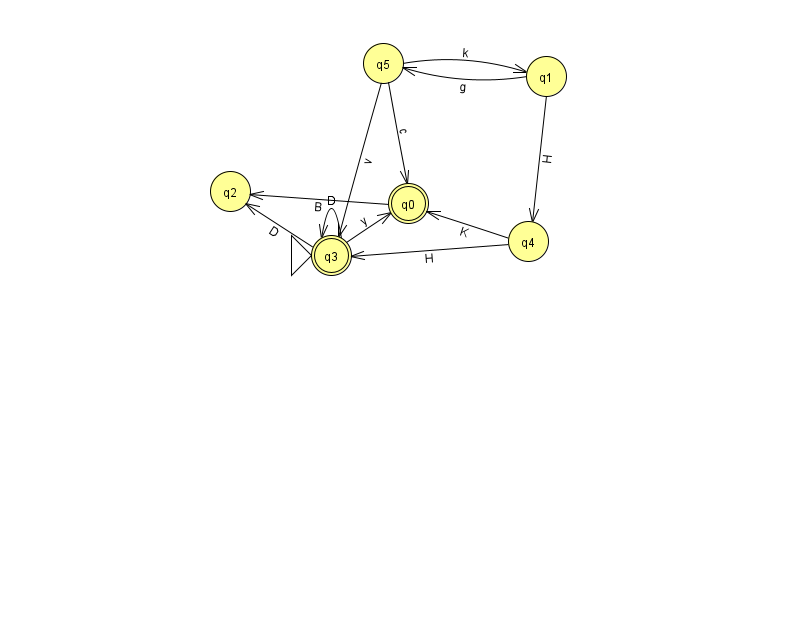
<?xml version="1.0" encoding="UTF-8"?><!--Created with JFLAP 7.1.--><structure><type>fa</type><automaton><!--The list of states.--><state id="0" name="q0"><x>408.0</x><y>190.0</y><final/></state><state id="1" name="q1"><x>546.0</x><y>63.0</y></state><state id="2" name="q2"><x>230.0</x><y>178.0</y></state><state id="3" name="q3"><x>331.0</x><y>242.0</y><initial/><final/></state><state id="4" name="q4"><x>528.0</x><y>228.0</y></state><state id="5" name="q5"><x>383.0</x><y>50.0</y></state><!--The list of transitions.--><transition><from>3</from><to>0</to><read>y</read></transition><transition><from>4</from><to>3</to><read>H</read></transition><transition><from>5</from><to>0</to><read>c</read></transition><transition><from>3</from><to>3</to><read>D</read></transition><transition><from>3</from><to>2</to><read>D</read></transition><transition><from>1</from><to>5</to><read>g</read></transition><transition><from>1</from><to>4</to><read>H</read></transition><transition><from>4</from><to>0</to><read>K</read></transition><transition><from>0</from><to>2</to><read>B</read></transition><transition><from>5</from><to>1</to><read>k</read></transition><transition><from>5</from><to>3</to><read>v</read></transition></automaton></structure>